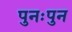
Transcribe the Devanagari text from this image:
पुनःपुन